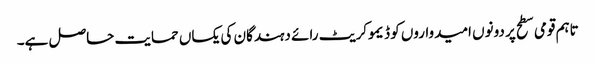
تاہم قومی سطح پر دونوں امیدواروں کو ڈیموکریٹ رائے دہندگان کی یکساں حمایت حاصل ہے۔